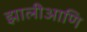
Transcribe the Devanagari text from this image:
झालीआणि